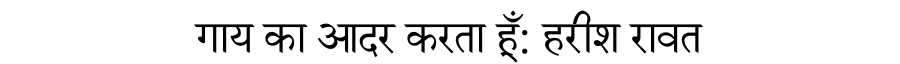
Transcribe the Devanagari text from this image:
गाय का आदर करता हूँ: हरीश रावत